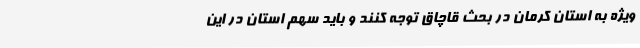
ویژه به استان کرمان در بحث قاچاق توجه کنند و باید سهم استان در این